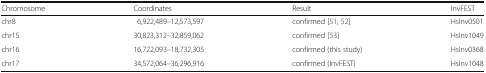
| Chromosome | Coordinates | Result | InvFEST |
 | --- | --- | --- | --- |
 | chr8 | 6,922,489–12,573,597 | confirmed [51, 52] | HsInv0501 |
 | chr15 | 30,823,312–32,859,062 | confirmed [53] | HsInv1049 |
 | chr16 | 16,722,093–18,732,305 | confirmed (this study) | HsInv0368 |
 | chr17 | 34,572,064–36,296,916 | confirmed (InvFEST) | HsInv1048 |